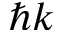
\hbar k